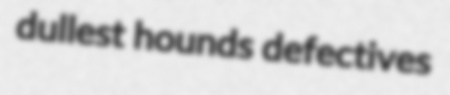
dullest hounds defectives